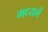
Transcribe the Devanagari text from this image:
मध्यमें